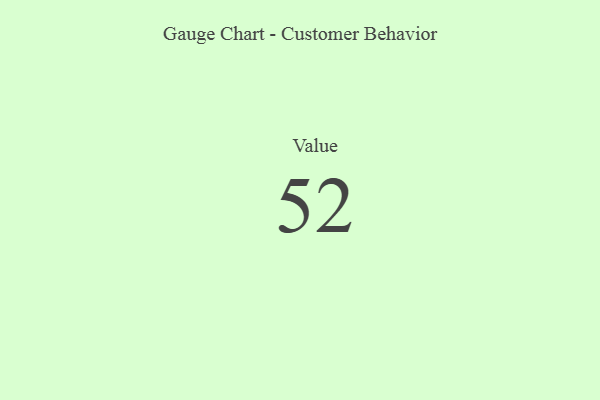
{"axis": {"x": "Metric", "y": "Value"}, "legend": [""], "data": [{"x": "Value", "y": 52, "type": ""}]}